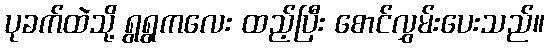
ပုခက်ထဲသို့ ရွရွကလေး ထည့်ပြီး စောင်လွှမ်းပေးသည်။